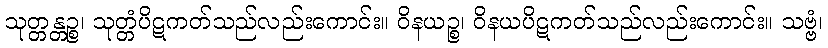
သုတ္တန္တဉ္စ၊ သုတ္တံပိဋကတ်သည်လည်းကောင်း။ ဝိနယဉ္စ၊ ဝိနယပိဋကတ်သည်လည်းကောင်း။ သဗ္ဗံ၊